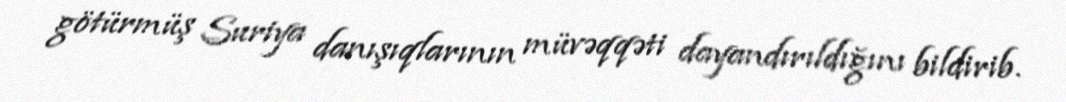
götürmüş Suriya danışıqlarının müvəqqəti dayandırıldığını bildirib.